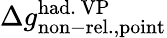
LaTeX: \Delta{g}_{\mathrm{non-rel.,point}}^{\mathrm{had.\ VP}}